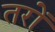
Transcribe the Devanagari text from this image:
तरों